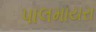
પાલમાયરા